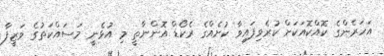
އަހަރެންގެ ކޮއްކޮއަކަށް ކުރެވިފައިވާ ކުށެއްގެ ރެކޯޑް އޮންނާތީ މި އުޅެނީ މަސައްކަތުގެ ވަޒީފާ